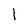
Character: l